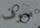
سوف